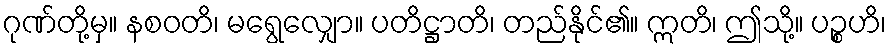
ဂုဏ်တို့မှ။ နစဝတိ၊ မရွေလျှော။ ပတိဋ္ဌာတိ၊ တည်နိုင်၏။ ဣတိ၊ ဤသို့။ ပဉ္စဟိ၊